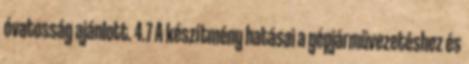
óvatosság ajánlott. 4.7 A készítmény hatásai a gépjárművezetéshez és